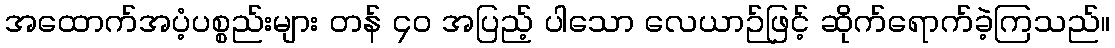
အထောက်အပံ့ပစ္စည်းများ တန် ၄၀ အပြည့် ပါသော လေယာဉ်ဖြင့် ဆိုက်ရောက်ခဲ့ကြသည်။